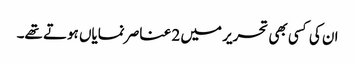
ان کی کسی بھی تحریر میں 2 عناصر نمایاں ہوتے تھے۔